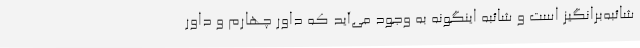
شائبه‌برانگیز است و شائبه اینگونه به وجود می‌آید که داور چهارم و داور